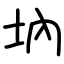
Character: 㘨